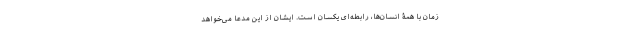
زمان با همۀ انسان‌ها، رابطه‌ای یکسان است. ایشان از این مدعا می‌خواهد